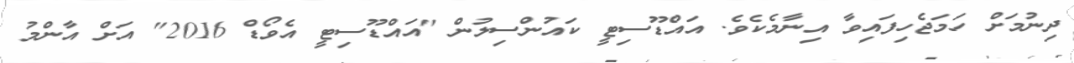
ދިނުމަށް ހަމަޖެހިފައިވާ އިނާމެކެވެ. އައްޑޫސިޓީ ކައުންސިލުން "އައްޑޫސިޓީ އެވޯޑް 2016" އަށް އާންމު